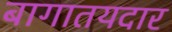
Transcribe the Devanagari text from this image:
बागातयदार